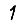
Digit: 1